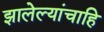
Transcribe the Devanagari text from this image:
झालेल्यांचाहि